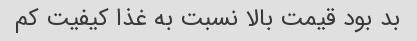
بد بود قیمت بالا نسبت به غذا کیفیت کم